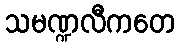
သမဏ္ဍလီကတေ